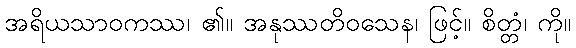
အရိယသာဝကဿ၊ ၏။ အနုဿတိဝသေန၊ ဖြင့်။ စိတ္တံ၊ ကို။